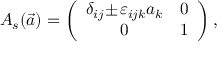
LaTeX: A _ { s } ( \vec { a } ) = \left( \begin{array} { c c } { { \delta _ { i j } \! \pm \! \varepsilon _ { i j k } a _ { k } } } & { { 0 } } \\ { { 0 } } & { { 1 } } \end{array} \right) ,